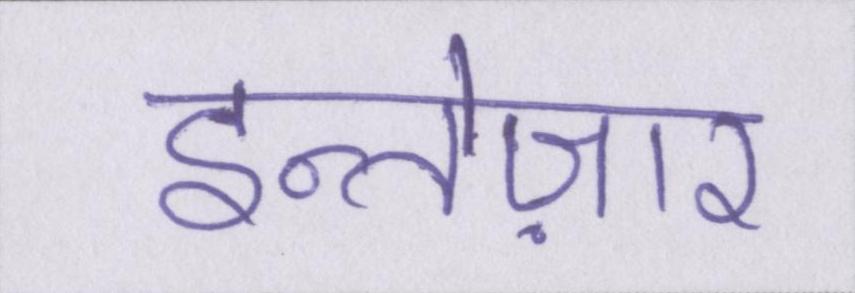
इन्तेज़ार